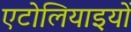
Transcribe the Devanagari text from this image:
एटोलियाइयों